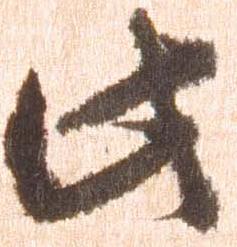
此